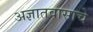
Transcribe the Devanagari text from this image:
अज्ञातवासाचे